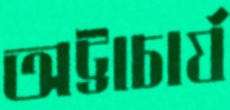
অট্টাচার্য